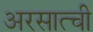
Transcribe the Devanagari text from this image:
अरसात्ची